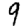
Digit: 9